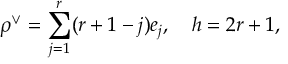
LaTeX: \rho ^ { \vee } = \sum _ { j = 1 } ^ { r } ( r + 1 - j ) e _ { j } , \quad h = 2 r + 1 ,